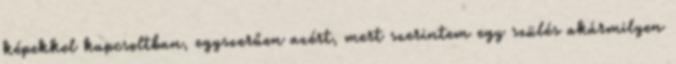
képekkel kapcsoltban, egyszerűen azért, mert szerintem egy szülés akármilyen